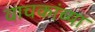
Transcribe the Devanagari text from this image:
वाचकांच्‍या